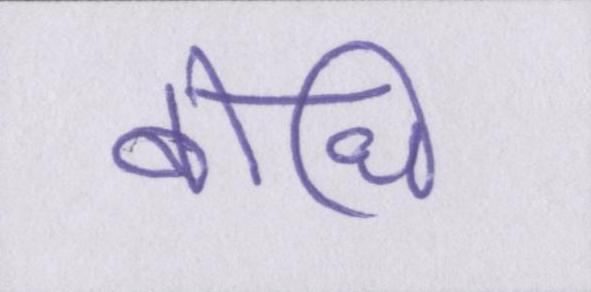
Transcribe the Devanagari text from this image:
बोधि